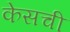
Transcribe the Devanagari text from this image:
केसची